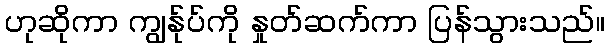
ဟုဆိုကာ ကျွန်ုပ်ကို နှုတ်ဆက်ကာ ပြန်သွားသည်။